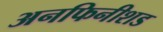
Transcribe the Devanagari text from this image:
अनफिनीशड